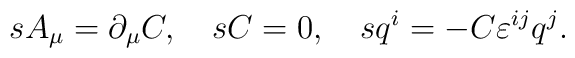
sA_\mu=\partial_\mu C,\quad sC=0,\quad sq^i=-C\varepsilon^{ij}q^j.